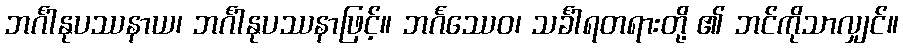
ဘင်္ဂါနုပဿနာယ၊ ဘင်္ဂါနုပဿနာဖြင့်။ ဘင်္ဂဿေဝ၊ သင်္ခါရတရားတို့ ၏ ဘင်ကိုသာလျှင်။